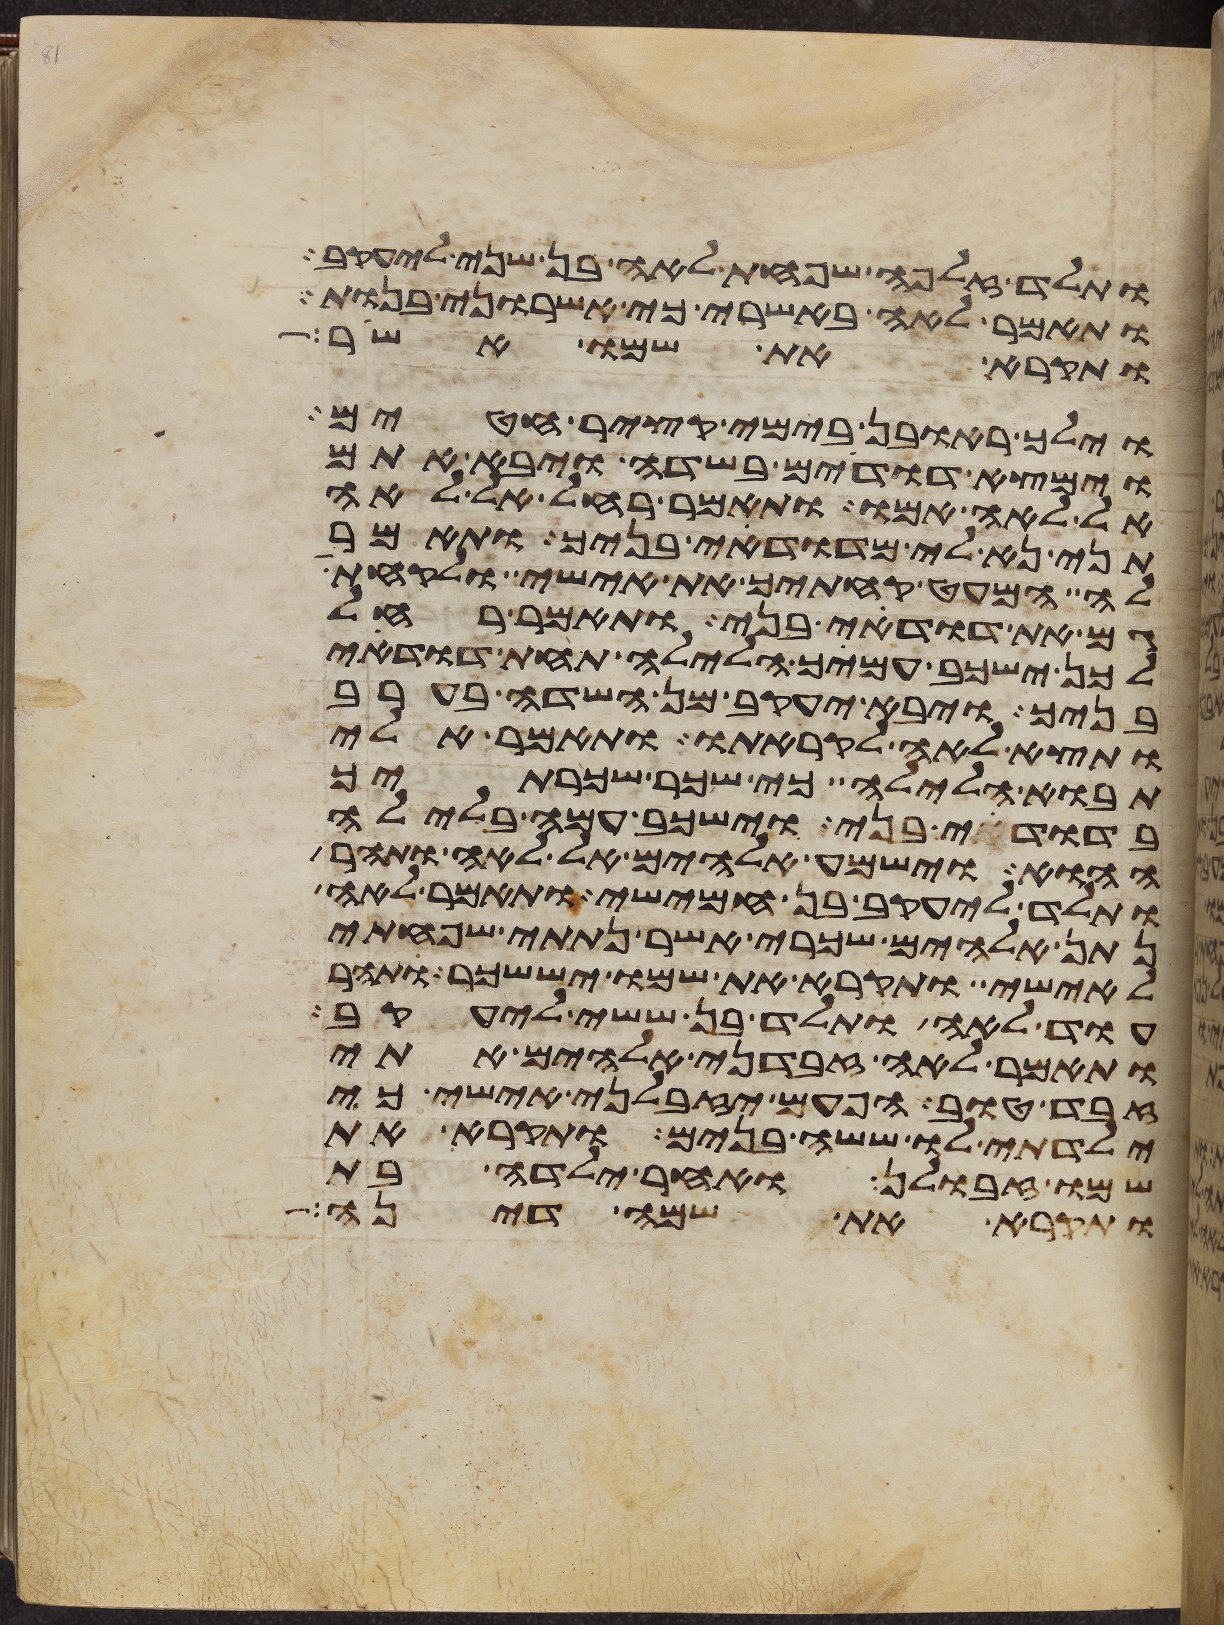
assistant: ותלד זלפה שפחת לאה בן שני ליעקב
ותאמר לאה באשרי כי אשרוני בנות
ותקרא את שמו אשר
וילך ראובן בימי קציר חטים
וימצא דודים בשדה ויבא אתם
אל לאה אמו ותאמר רחל אל לאה
תני נא לי מדודי בניך ותאמר
לה המעט קחתיך את אישי ולקחתי
גם את דודי בני ותאמר רחל
לכן ישכב עמיך הלילה תחת דודי
בניך ויבא יעקב מן השדה בערב
ותצא לאה לקראתו ותאמר אלי
תבוא הלילה כי שכר שכרתיך
בדודי בני וישכב עמה בלילה
ההוא וישמע אלהים אל לאה ותהר
ותלד ליעקב בן חמישי ותאמר לאה
נתן אלהים שכרי אשר נתתי שפחתי
לאישי ותקרא את שמו יששכר ותהר
עוד לאה ותלד בן ששי ליעקב
ותאמר לאה זבדני אלהים אתי
זבד טוב הפעם יזבלני אישי כי
ילדתי לו ששה בנים ותקרא את
שמו זבולן ואחר ילדה בת
ותקרא את שמה דינה